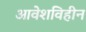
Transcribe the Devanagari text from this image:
आवेशविहीन